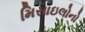
મિસાઇલોનો